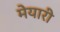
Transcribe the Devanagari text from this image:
मेयारी